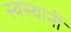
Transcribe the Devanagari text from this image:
स्वस्थानीं